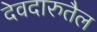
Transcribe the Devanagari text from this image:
देवदारुतैल